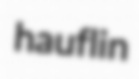
hauflin